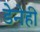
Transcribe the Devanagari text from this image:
डेनेही